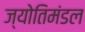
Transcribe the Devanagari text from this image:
ज्योतिमंडल